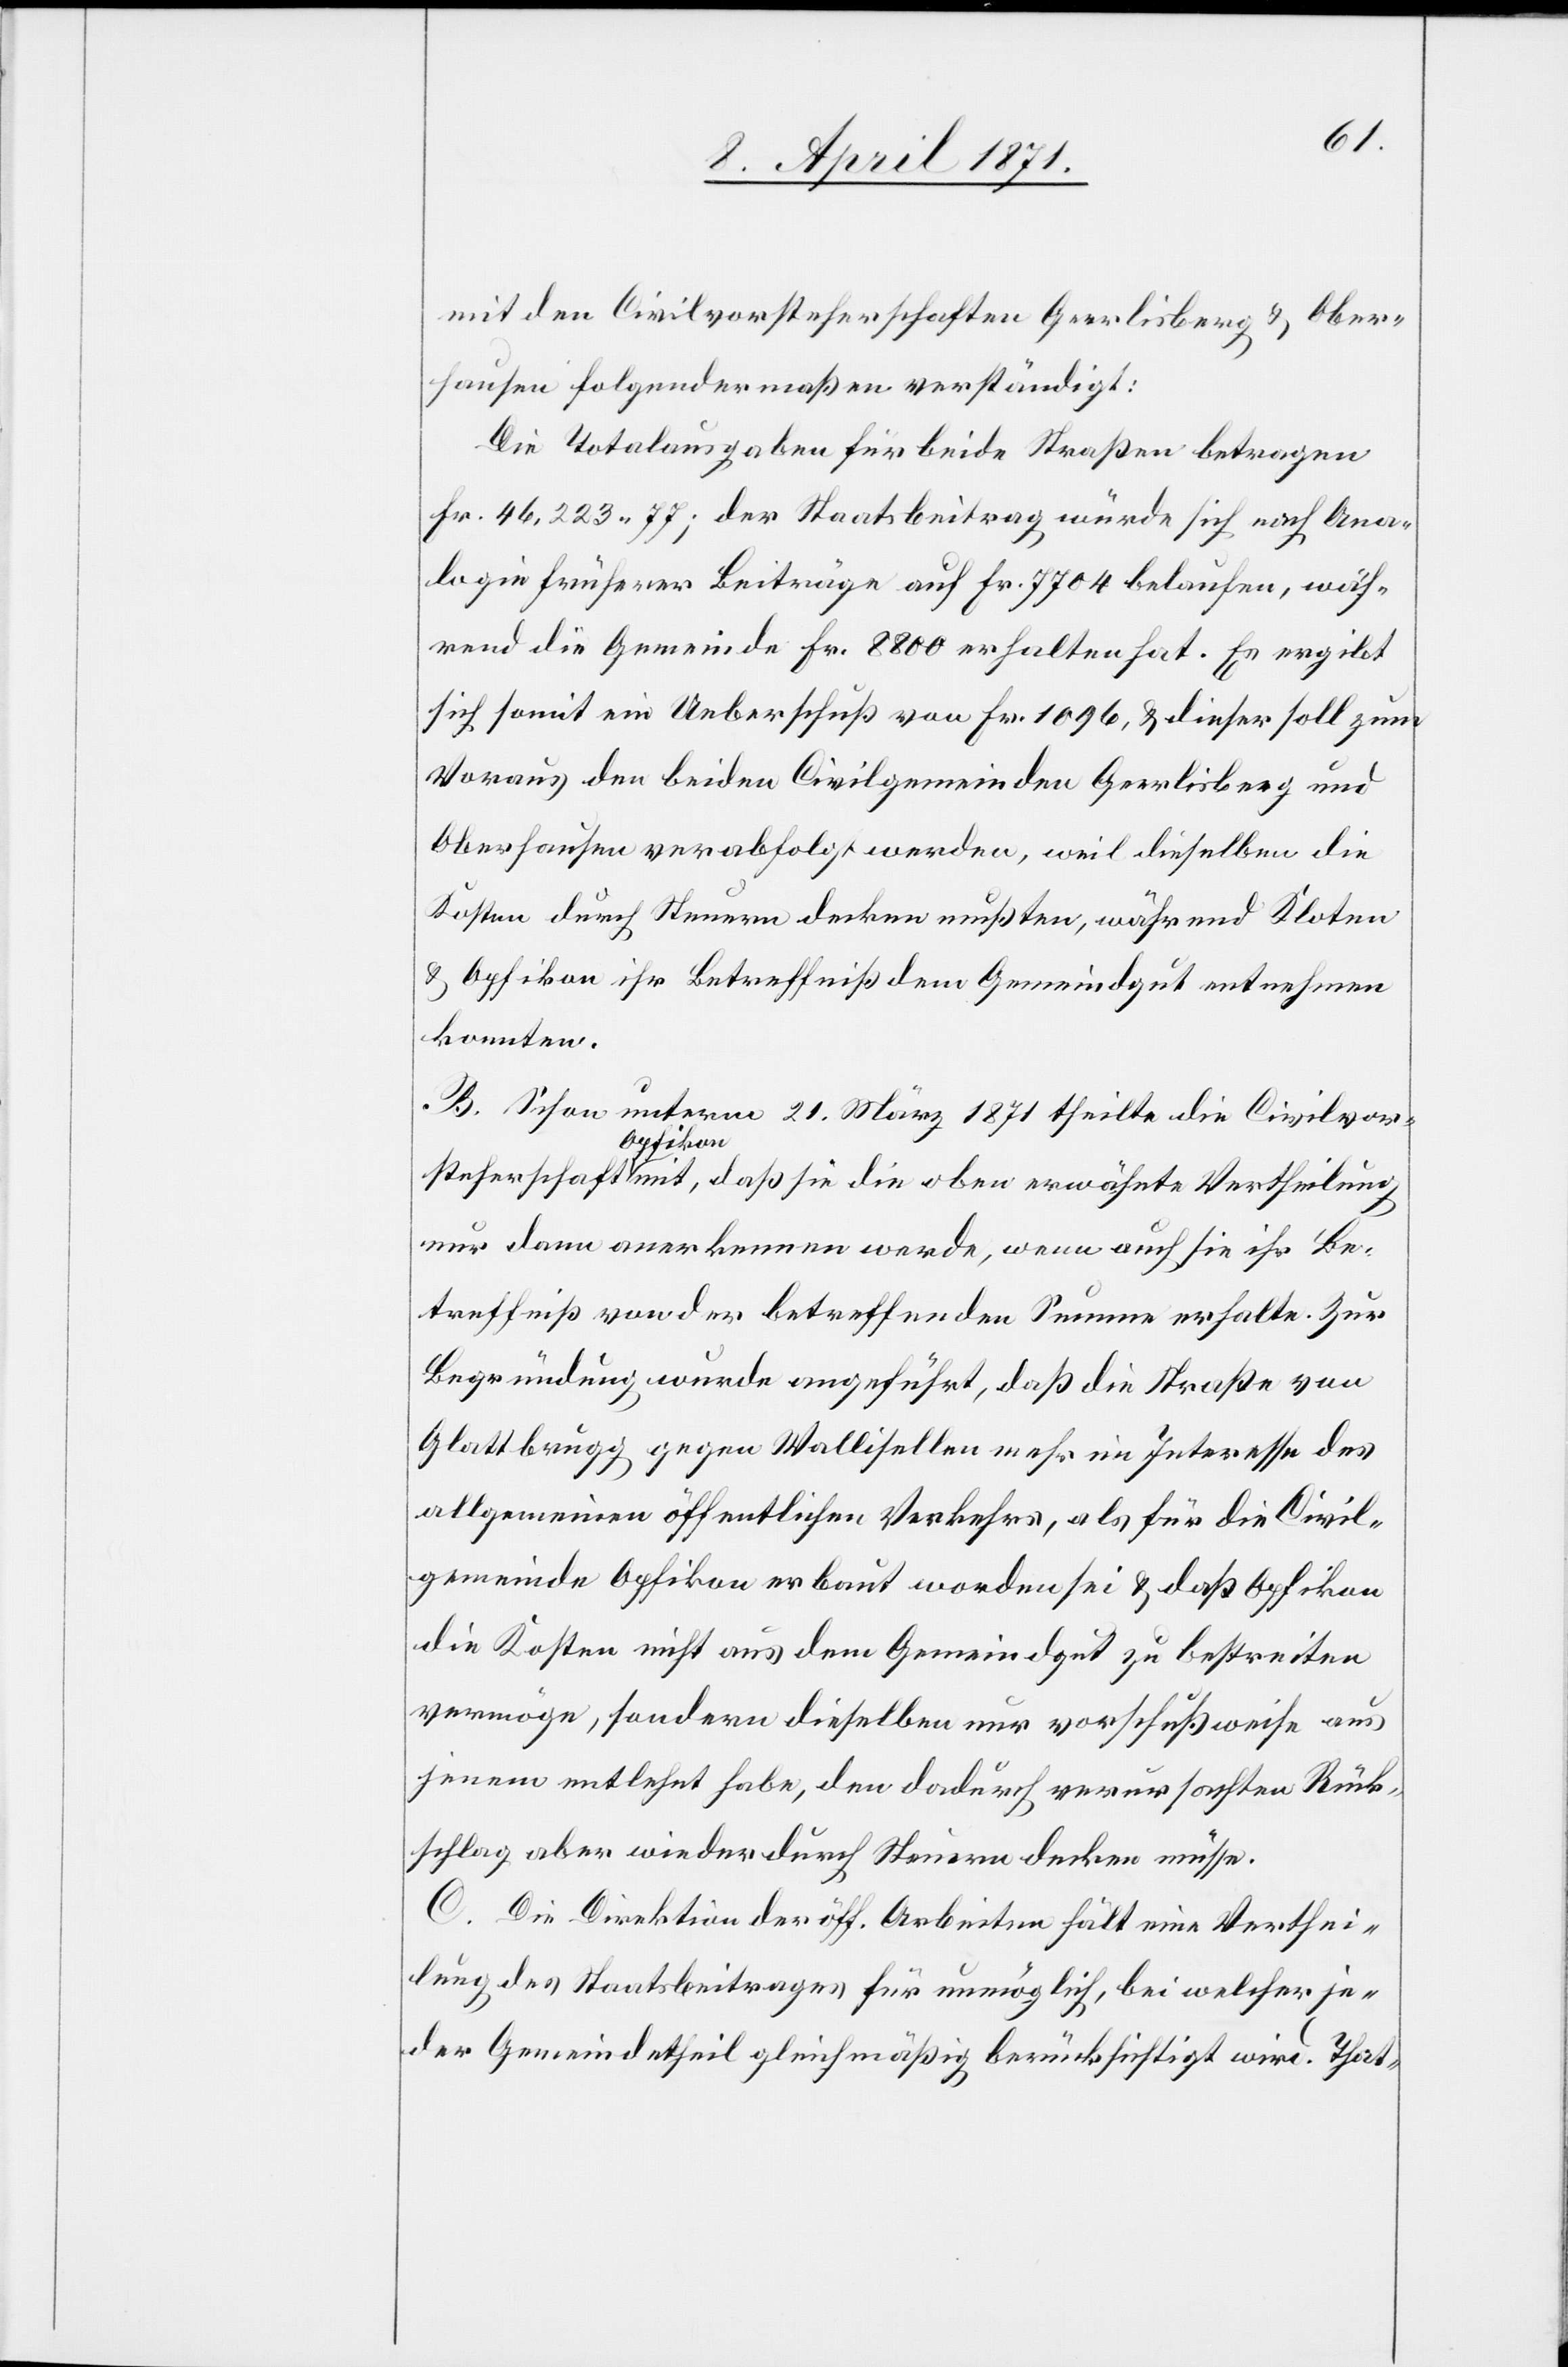
mit den Civilvorsteherschaften Geerlisberg u. Ober¬
hausen folgendermaßen verständigt:
Die Totalausgaben für beide Straßen betragen
Fr. 46,223.77; der Staatsbeitrag würde sich nach Ana¬
logie früherer Beiträge auf Fr. 7704 belaufen, wäh¬
rend die Gemeinde Fr. 8800 erhalten hat. Es ergibt
sich somit ein Ueberschuß von Fr. 1096, u. dieser soll zum
Voraus den beiden Civilgemeinden Geerlisberg und
Oberhausen verabfolgt werden, weil dieselben die
Kosten durch Steuern decken mußten, während Kloten
u. Opfikon ihr Betreffniß dem Gemeindgut entnehmen
konnten.
B. Schon unterm 21. März 1871 theilt die Civilvor¬
steherschaft Opfikon mit, daß sie die oben erwähnte Vertheilung
nur dann anerkennen werde, wenn auch sie ihr Be¬
treffniß von der betreffenden Summe erhalte. Zur
Begründung wurde angeführt, daß die Straße von
Glattbrugg gegen Wallisellen mehr im Interesse des
allgemeinen öffentlichen Verkehrs, als für die Civil¬
gemeinde Opfikon erbaut worden sei u. daß Opfikon
die Kosten nicht aus dem Gemeindgut zu bestreiten
vermöge, sondern dieselben nur vorschußweise aus
jenem entlehnt habe, den dadurch verursachten Rück¬
schlag aber wieder durch Steuern decken müsse.
C. Die Direktion der öff. Arbeiten hält eine Verthei¬
lung des Staatsbeitrages für unmöglich, bei welcher je¬
der Gemeindetheil gleichmäßig berücksichtigt wird. That-